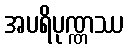
အပရိပုဏ္ဏဿ